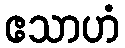
ဧသာဟံ